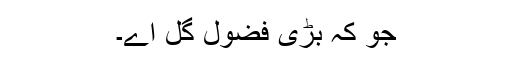
جو کہ بڑی فضول گل اے۔